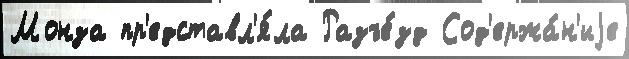
Монза пр'едставл'я́ла Разъе́зд Сод'ержа́н'иjе